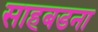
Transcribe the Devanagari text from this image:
साहबडना